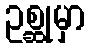
ဥစ္ဆုမှာ